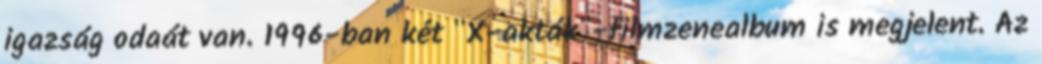
igazság odaát van. 1996-ban két "X-akták"-filmzenealbum is megjelent. Az